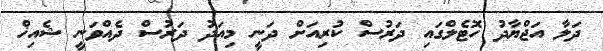
ދަލާ އަޖްޔާދު ހޮޓެލްގައި ދަރުސް ކުރިއަށް ދަނީ މިއަދު ދަރުސް ދެއްވަނީ ޝެއިޚް